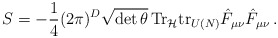
\begin{align*}S=-\frac{1}{4}(2\pi)^D \sqrt{\mathrm{det}\,\theta}\, \mathrm{Tr}_{\mathcal{H}} \mathrm{tr}_{U(N)} \hat{F}_{\mu\nu}\hat{F}_{\mu\nu}\,.\end{align*}